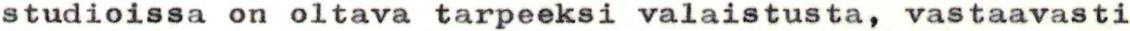
studioissa on oltava tarpeeksi valaistusta, vastaavasti